65_HS1-834228961_62-HQ-83894_Section_2
Agency: FBI
Page 165
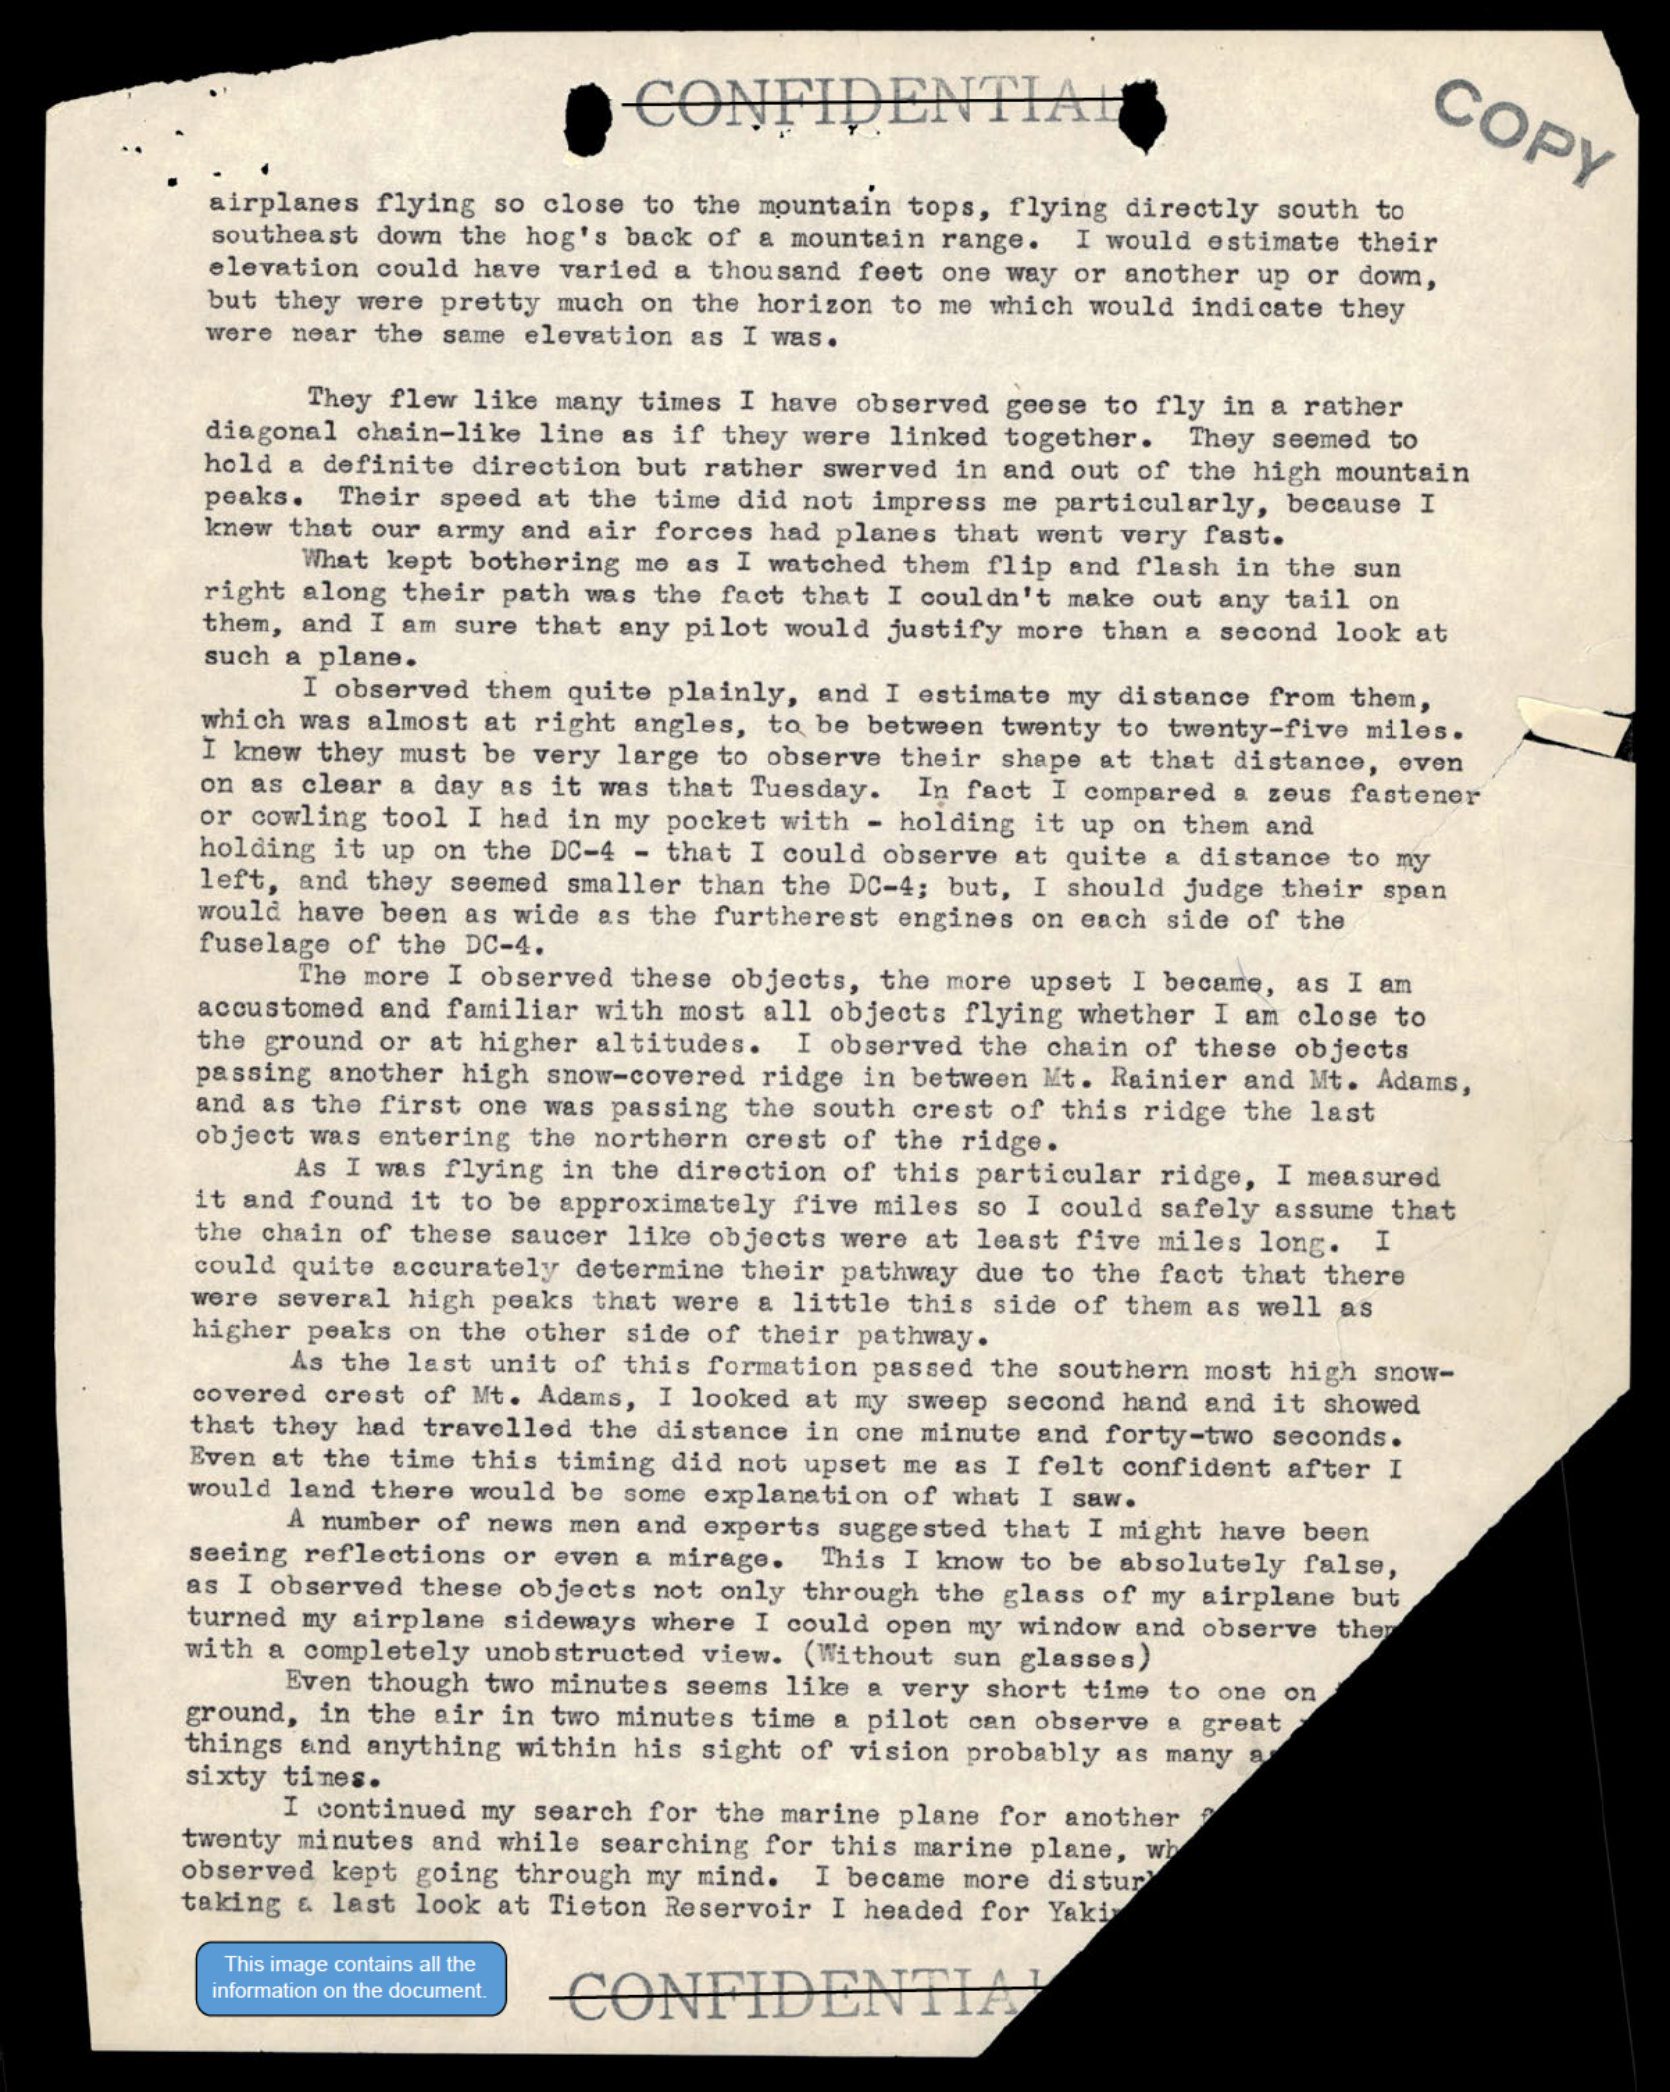